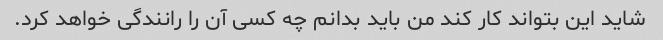
شاید این بتواند کار کند من باید بدانم چه کسی آن را رانندگی خواهد کرد.